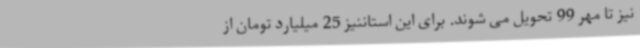
نیز تا مهر 99 تحویل می شوند. برای این استاننیز 25 میلیارد تومان از